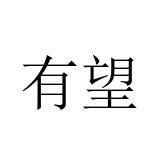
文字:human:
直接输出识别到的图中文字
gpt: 有望